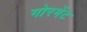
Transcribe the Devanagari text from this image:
गोरमेंट